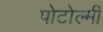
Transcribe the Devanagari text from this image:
पोटोल्मी